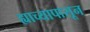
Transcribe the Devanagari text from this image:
ह्याच्यापासून